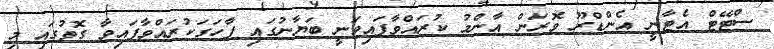
ސްޓޭޓް އެޓާނީ އެންޑްރޫ ވޮރަން އާންމު ކުރައްވާފައިވަނީ ބަޔާނުގައި ފާހަގަކުރައްވާފައިވާ ގޮތުގައި މި